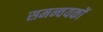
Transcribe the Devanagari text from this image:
समन्वयकों